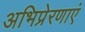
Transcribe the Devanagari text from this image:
अभिप्रेरणाएं